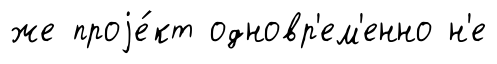
же проjе́кт одновр'ем'енно н'е